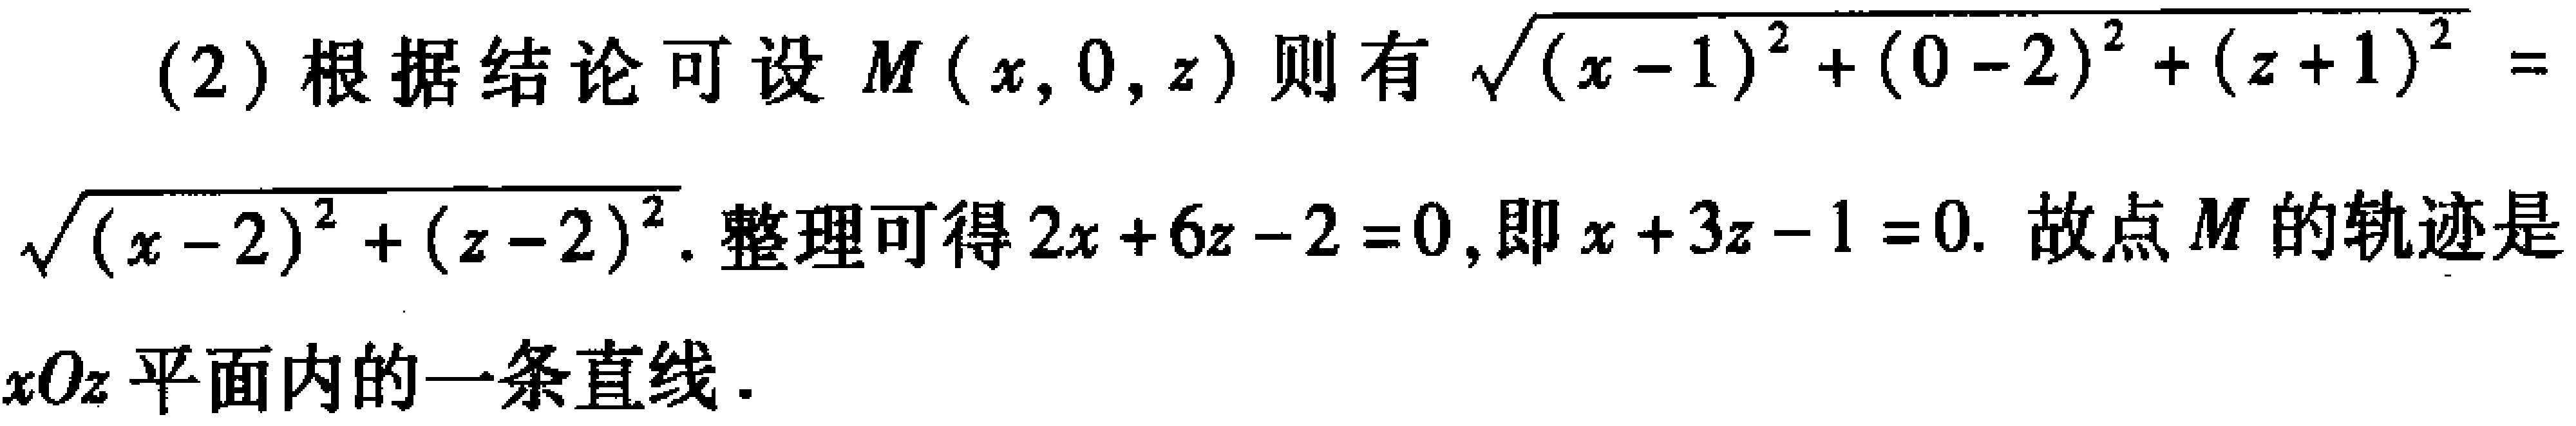
(2)根据结论可设 \(M(x,0,z)\)则有 \(\sqrt{(x - 1)^{2}+(0 - 2)^{2}+(z + 1)^{2}}=\sqrt{(x - 2)^{2}+(z - 2)^{2}}\).整理可得 \(2x + 6z - 2 = 0\),即 \(x + 3z - 1 = 0\). 故点 \(M\)的轨迹是 \(xOz\)平面内的一条直线.